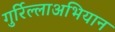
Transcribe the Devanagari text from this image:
गुर्रिल्लाअभियान